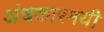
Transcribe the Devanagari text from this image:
अंधकारमयी